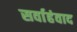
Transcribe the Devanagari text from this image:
सर्वाहंवाद